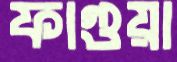
ফাগুয়া